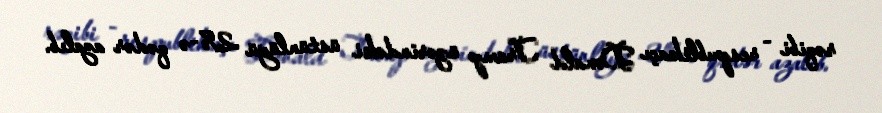
rəqibi - respublikaçı Donald Tramp üzərindəki üstünlüyü 2%-ə qədər azalıb.